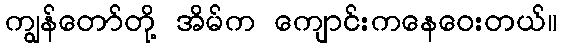
ကျွန်တော်တို့ အိမ်က ကျောင်းကနေဝေးတယ်။